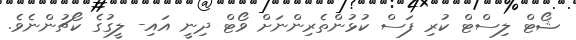
ޝޯޓް ލިސްޓް ކުރި ފަސް ކުޅުންތެރިންނަށް ވޯޓް ދިނީ އައި- ލީގުގެ ކޯޗުންނެވެ.